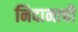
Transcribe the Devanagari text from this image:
निदानाची